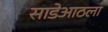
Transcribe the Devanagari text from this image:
साडेआठला